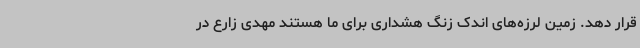
قرار دهد. زمین‌ لرزه‌های اندک زنگ هشداری برای ما هستند مهدی زارع در